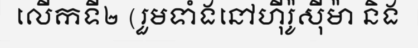
លើកទី២ (រួមទាំងនៅហ៊ីរ៉ូស៊ីម៉ា និង